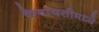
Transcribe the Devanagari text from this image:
केवायसीमध्ये